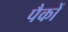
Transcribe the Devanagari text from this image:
पैकों